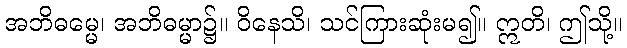
အဘိဓမ္မေ၊ အဘိဓမ္မာ၌။ ဝိနေသိ၊ သင်ကြားဆုံးမ၍။ ဣတိ၊ ဤသို့။